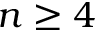
n \geq 4